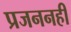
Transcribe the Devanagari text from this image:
प्रजननही